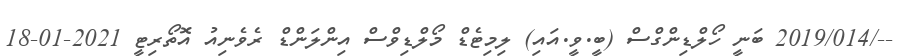
--/2019/014 ބަނީ ހޯލްޑިންގްސް (ބީ.ވީ.އައި) ލިމިޓެޑް މޯލްޑިވްސް އިންލަންޑް ރެވެނިއު އޮތޯރިޓީ 2021-01-18